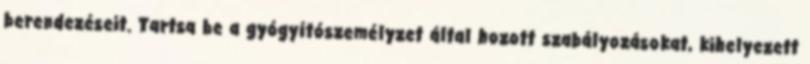
berendezéseit. Tartsa be a gyógyítószemélyzet által hozott szabályozásokat, kihelyezett